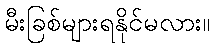
မီးခြစ်များရနိုင်မလား။